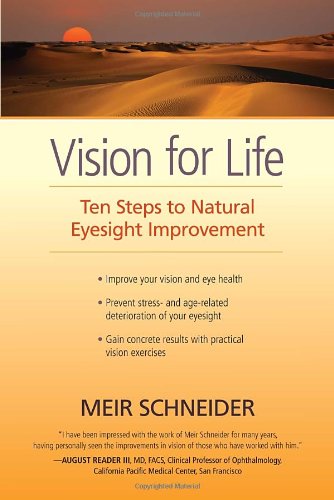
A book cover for Vision for Life: Ten Steps to Natural Eyesight Improvement; Meir Schneider; Medical Books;